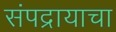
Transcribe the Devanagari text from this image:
संपद्रायाचा